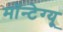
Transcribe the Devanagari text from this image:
मॉन्टेग्यू